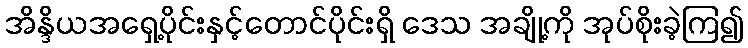
အိန္ဒိယအရှေ့ပိုင်းနှင့်တောင်ပိုင်းရှိ ဒေသ အချို့ကို အုပ်စိုးခဲ့ကြ၍